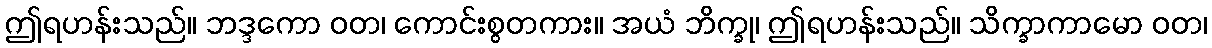
ဤရဟန်းသည်။ ဘဒ္ဒကော ဝတ၊ ကောင်းစွတကား။ အယံ ဘိက္ခု၊ ဤရဟန်းသည်။ သိက္ခာကာမော ဝတ၊